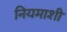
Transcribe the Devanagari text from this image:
नियमाशी